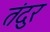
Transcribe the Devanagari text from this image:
तंदुर